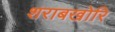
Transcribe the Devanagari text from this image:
शराबखोरि